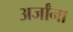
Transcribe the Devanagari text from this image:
अर्जांना